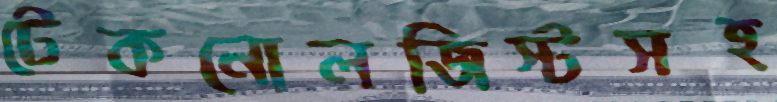
টেকনোলজিস্টসহ